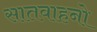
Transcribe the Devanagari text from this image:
सातवाहनो